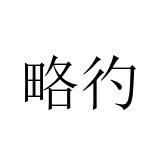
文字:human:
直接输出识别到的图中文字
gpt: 略彴